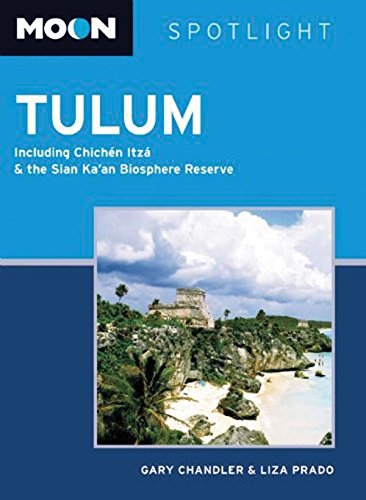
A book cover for Moon Spotlight Tulum: Including ChichÃ©n ItzÃ¡ & the Sian KaEEan Biosphere Reserve; Gary Chandler; Travel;